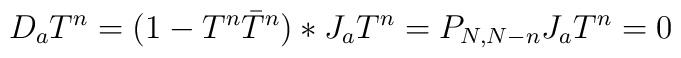
D_aT^n=(1-T^n\bar{T}^n)*J_aT^n=P_{N,N-n}J_aT^n=0